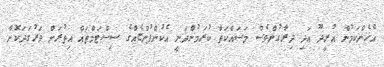
އެހެންކަމުން އުރީދޫ އަދި ދިރާގުންވެސް މަސައްކަތް ކުރަމުންދަނީ އެކުންފުންޏެއްްގެ ސިސްޓަމްތައް އިތުރަށް ވަރުގަދަކޮށް